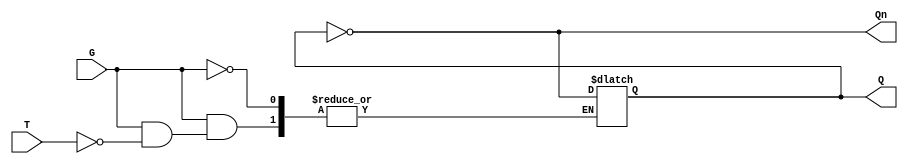
module GatedT_Latch (
    input wire T,   // Toggle input
    input wire G,   // Gate signal
    output reg Q,   // Latch output
    output wire Qn  // Complement of the output
);

// Complement of Q
assign Qn = ~Q;

// Always block for the latch behavior
always @(*) begin
    if (G) begin
        // When the gate signal is active
        if (T) begin
            // Toggle Q
            Q = ~Q;
        end
        // If T is low, retain current state (Q remains unchanged)
    end
    // If G is low, retain current state (Q remains unchanged)
end

endmodule